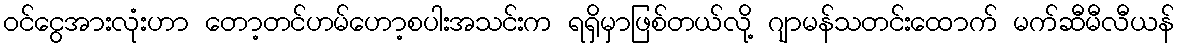
ဝင်ငွေအားလုံးဟာ တော့တင်ဟမ်ဟော့စပါးအသင်းက ရရှိမှာဖြစ်တယ်လို့ ဂျာမန်သတင်းထောက် မက်ဆီမီလီယန်